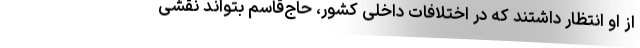
از او انتظار داشتند که در اختلافات داخلی کشور، حاج‌قاسم بتواند نقشی